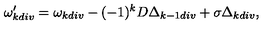
\omega _ { k d i v } ^ { \prime } = \omega _ { k d i v } - ( - 1 ) ^ { k } D \Delta _ { k - 1 d i v } + \sigma \Delta _ { k d i v } ,